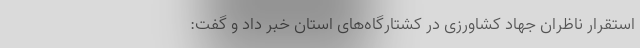
استقرار ناظران جهاد کشاورزی در کشتارگاه‌های استان خبر داد و گفت: